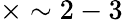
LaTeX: \times\sim 2-3